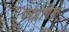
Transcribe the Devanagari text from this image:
परप्लेगिक